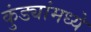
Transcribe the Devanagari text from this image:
कुंड्यांमध्ये